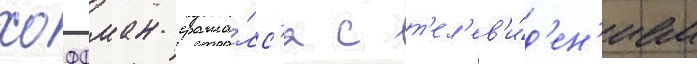
хоффман сража́лс'я с т'ел'ев'и́д'ен'ием